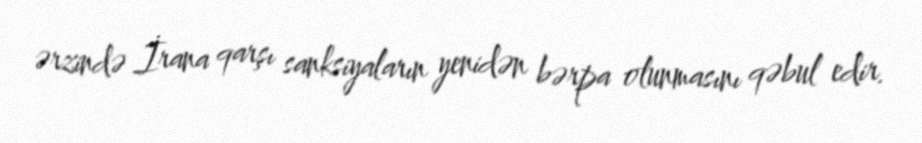
ərzində İrana qarşı sanksiyaların yenidən bərpa olunmasını qəbul edir.